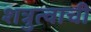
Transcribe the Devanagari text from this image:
शत्रुत्वाची